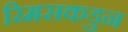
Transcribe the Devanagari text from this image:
रिमसकडुन